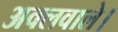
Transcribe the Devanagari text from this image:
अक्लवाले।